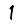
Digit: 1